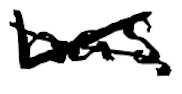
Text: has
Cross-out: cross
Writing tool: digital_black